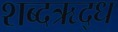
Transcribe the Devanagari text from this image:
शब्दऋद्ध